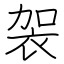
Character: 袈